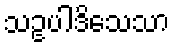
သဥပါဒိသေသာ